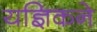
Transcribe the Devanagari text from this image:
यज्ञिकने